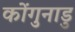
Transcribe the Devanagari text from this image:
कोंगुनाडु